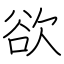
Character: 欲